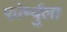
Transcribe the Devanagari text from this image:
फोर्म्युला